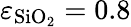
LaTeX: \varepsilon_{\mathrm{SiO}_{2}}=0.8